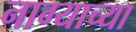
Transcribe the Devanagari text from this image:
नाग्याच्या